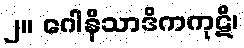
၂။ ဂေါနိသာဒိကကုဋိ၊